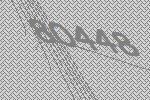
80448